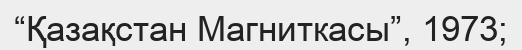
“Қазақстан Магниткасы”, 1973;